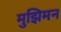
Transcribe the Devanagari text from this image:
मुझिमन